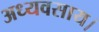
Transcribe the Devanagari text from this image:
अध्यवसाय।